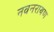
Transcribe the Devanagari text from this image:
नवनरायण